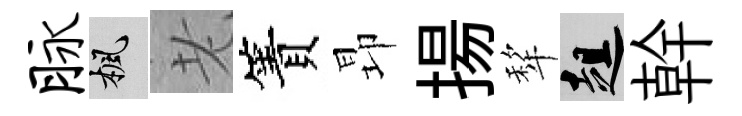
脉楓老簀昻揚犂趄幹